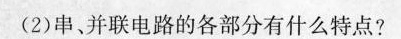
(2)串、并联电路的各部分有什么特点?